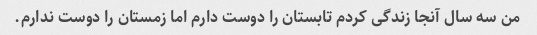
من سه سال آنجا زندگی کردم تابستان را دوست دارم اما زمستان را دوست ندارم.